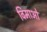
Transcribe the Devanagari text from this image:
विमाओ